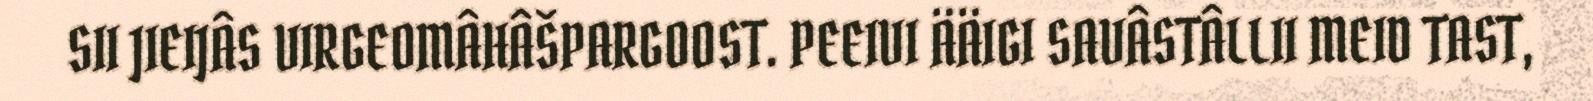
SII JIEIJÂS VIRGEOMÂHÂŠPARGOOST. PEEIVI ÄÄIGI SAVÂSTÂLLII MEID TAST,